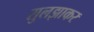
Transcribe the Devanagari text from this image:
सुलझाकर